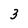
Character: 3